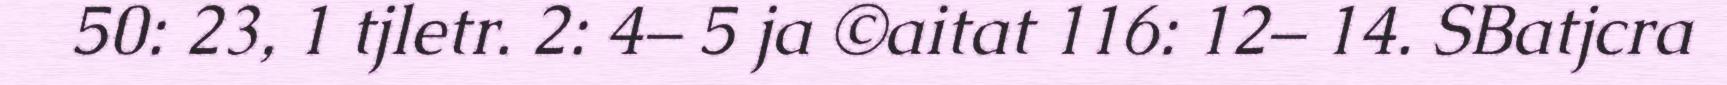
50: 23, 1 tjletr. 2: 4– 5 ja ©aitat 116: 12– 14. SBatjcra